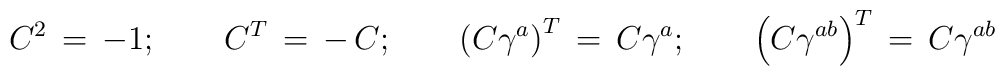
C^2 \,=\,-1 ; \qquad C^T \, =\, - \,C ; \qquad \left(C \gamma^a \right)^T \,=\, C \gamma^a   ; \qquad  \left(C \gamma^{ab} \right)^T \,=\, C \gamma^{ab}